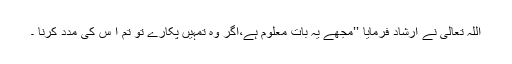
اللہ تعالیٰ نے ارشاد فرمایا ’’مجھے یہ بات معلوم ہے،اگر وہ تمہیں پکارے تو تم ا س کی مدد کرنا ۔